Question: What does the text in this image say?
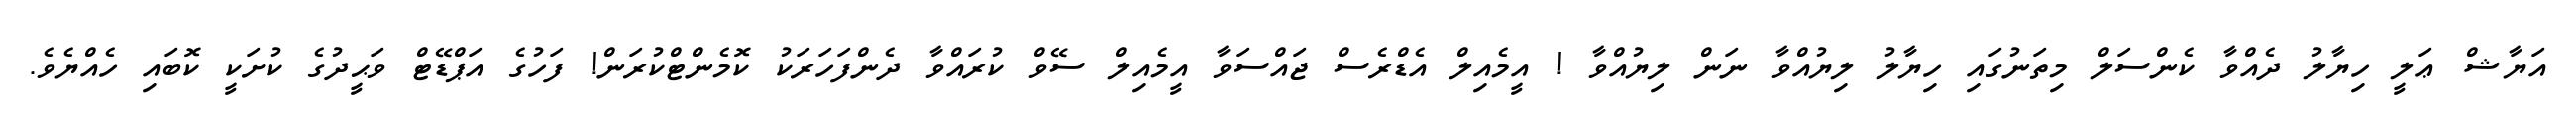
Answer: އަޔާޝް ޢަލީ ހިޔާލު ދެއްވާ ކެންސަލް މިތަނުގައި ހިޔާލު ލިޔުއްވާ ނަން ލިޔުއްވާ ! އީމެއިލް އެޑްރެސް ޖައްސަވާ އީމެއިލް ސޭވް ކުރައްވާ ދެންފަހަރަކު ކޮމެންޓްކުރަން! ފަހުގެ އަޕްޑޭޓް ވަޙީދުގެ ކުށަކީ ކޮބައި ހެއްޔެވެ.